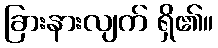
ခြားနားလျက် ရှိ၏။